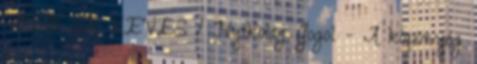
TÖBB SE KEVES 1 Nyikolaj Gogol - A köpönyeg